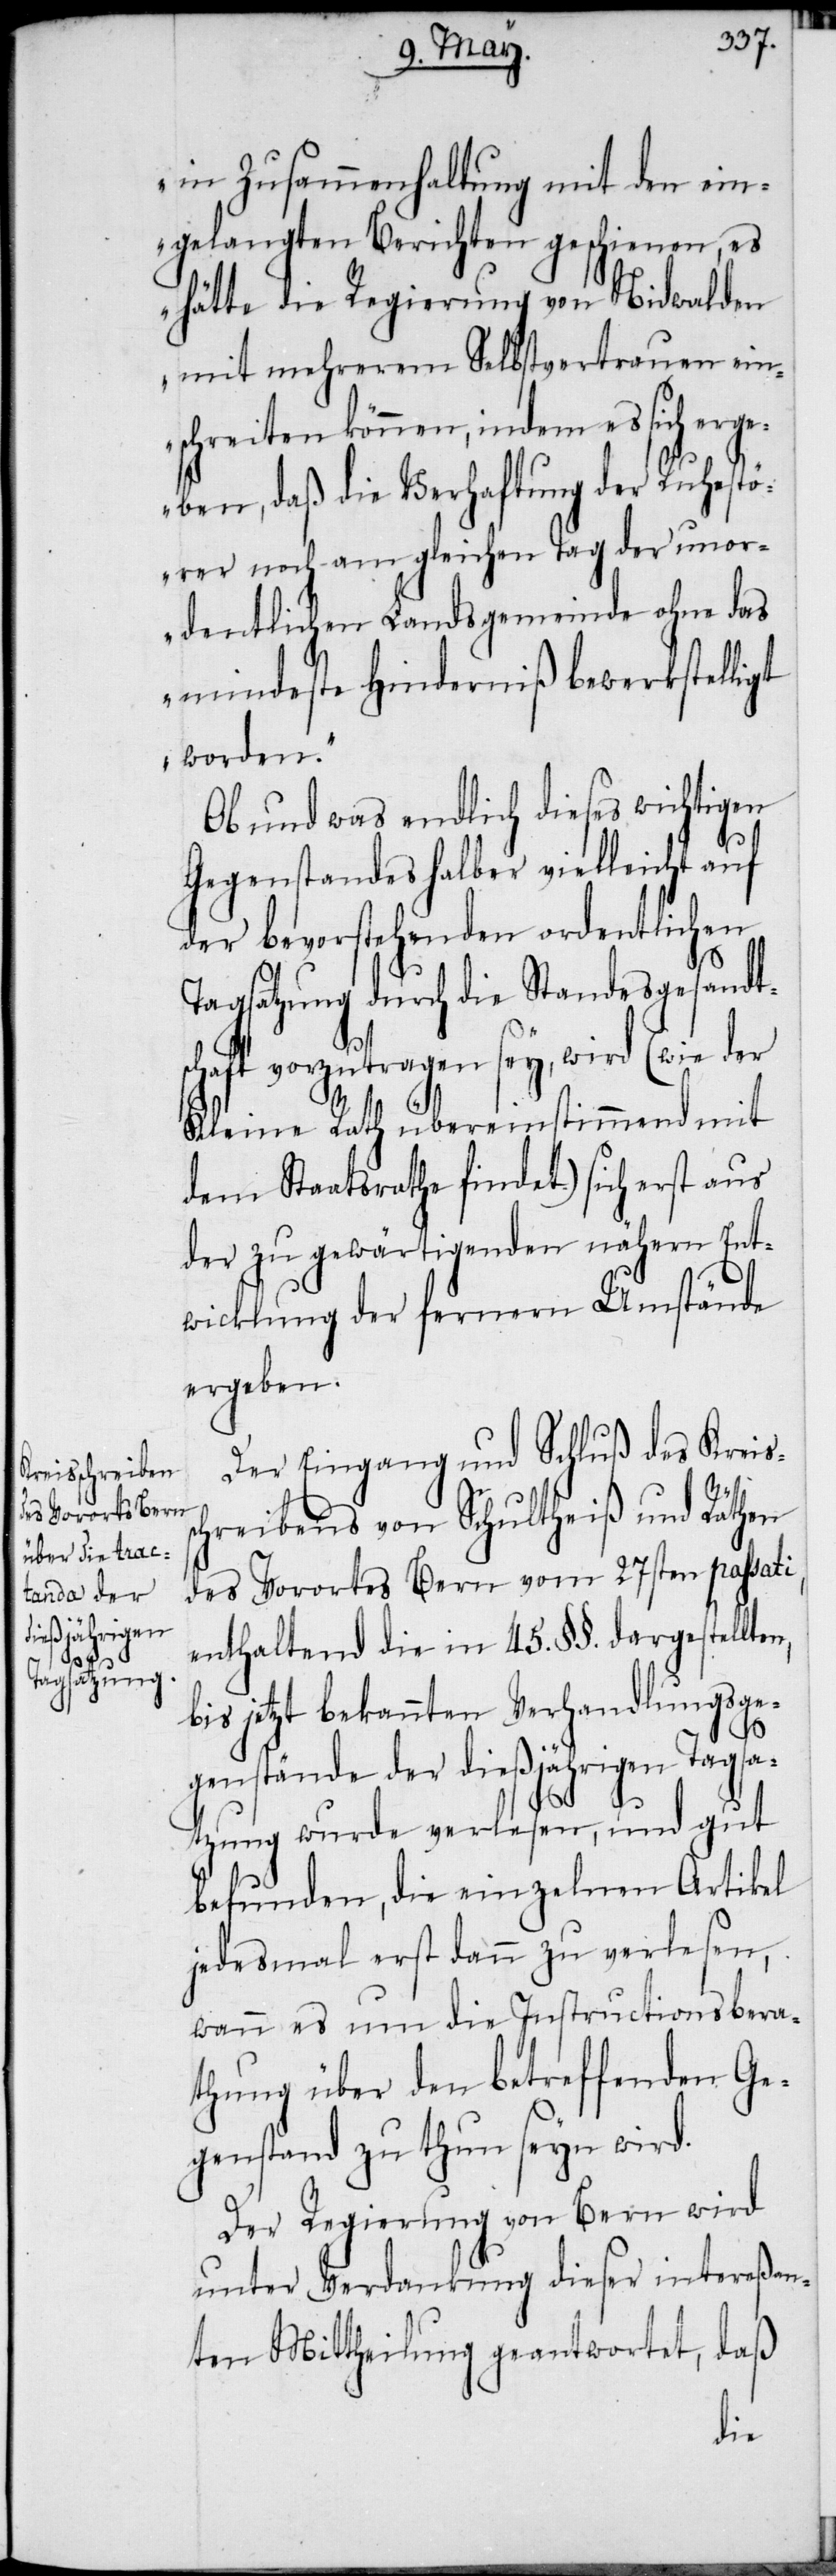
in Zusammenhaltung mit den ein¬
gelangten Berichten geschienen, es
hätte die Regierung von Nidwalden
mit mehrerem Selbstvertrauen ein¬
schreiten können, indem es sich erg¬
eben, daß die Verhaftung der Ruhestö¬
rer noch am gleichen Tag der unor¬
dentlichen Landsgemeinde ohne das
mindeste Hinderniß bewerkstelligt
worden.“
Ob und was endlich dieses wichtigen
Gegenstandes halber vielleicht auf
der bevorstehenden ordentlichen
Tagsatzung durch die Standesgesandt¬
schaft vorzutragen sey, wird (wie der
Kleine Rath übereinstimmend mit
dem Staatsrathe findet) sich erst aus
der zu gewärtigenden nähern Ent¬
wicklung der fernern Umstände
ergeben.
Der Eingang und Schluß des Kreis¬
s¬
chreibens von Schultheiß und Räthen
des Vorortes Bern vom 27sten passati,
enthaltend die in 45. §§. dargestellten,
bis jetzt bekannten Verhandlungsge¬
genstände der dießjährigen Tagsa¬
tzung wurde verlesen, und gut
befunden, die einzelnen Artikel
jedesmal erst dann zu verlesen,
wann es um die Instructionsbera¬
thung über den betreffenden Ge¬
genstand zu thun seyn wird.
Der Regierung von Bern wird
unter Verdankung dieser intereßan¬
ten Mittheilung geantwortet, daß